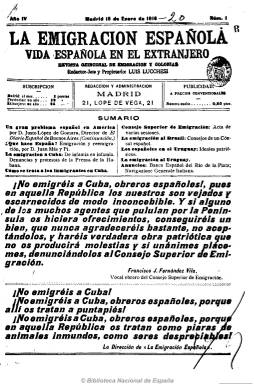
Título: La Emigración española
Colección: Economía
Ámbito geográfico: Madrid
Lugar de publicación: Madrid
Fechas: 15/01/1916-05/08/1932

Revista quincenal de “emigración y colonias, subtitulada “vida española en el extranjero”, fundada y dirigida por Luis Lucchessi, debió comenzar a publicarse en 1914 y alargó su vida hasta 1932. Publicación especializada, dedicada íntegramente al movimiento emigrante español hacia los países de Europa y América tanto del norte como del sur, de carácter económico y laboral. Publica artículos, crónicas y noticias sobre la política de inmigración de los países de destino, legislación (nacionalidad, etc.), vida de los emigrados y su aceptación y trato y sus sociedades y centros establecidos en dichos países, delegaciones de la bolsa de trabajo internacional, etc. De periodicidad quincenal, en números de ocho páginas. Inserta abundante publicidad, especialmente de las compañías de navegación marítima y de los vapores que salían de los puertos españoles.